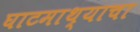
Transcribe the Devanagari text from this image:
घाटमाथ्याचा